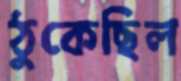
ঠুকেছিল